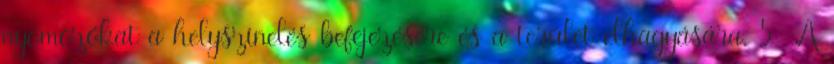
nyomozókat a helyszínelés befejezésére és a terület elhagyására. 5 A